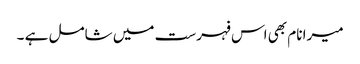
میرا نام بھی اس فہرست میں شامل ہے ۔